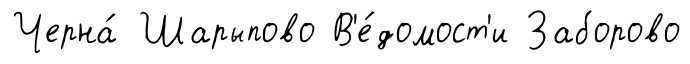
Черна́ Шарыпово В'е́домост'и Заборово